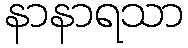
နာနာရသာ